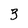
Character: 3